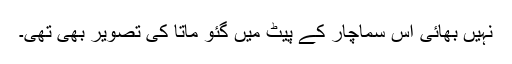
نہیں بھائی اس سماچار کے پیٹ میں گئو ماتا کی تصویر بھی تھی۔